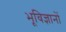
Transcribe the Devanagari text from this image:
भूविज्ञानों